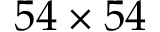
5 4 \times 5 4